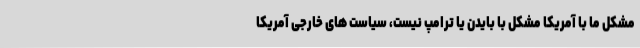
مشکل ما با آمریکا مشکل با بایدن یا ترامپ نیست، سیاست های خارجی آمریکا